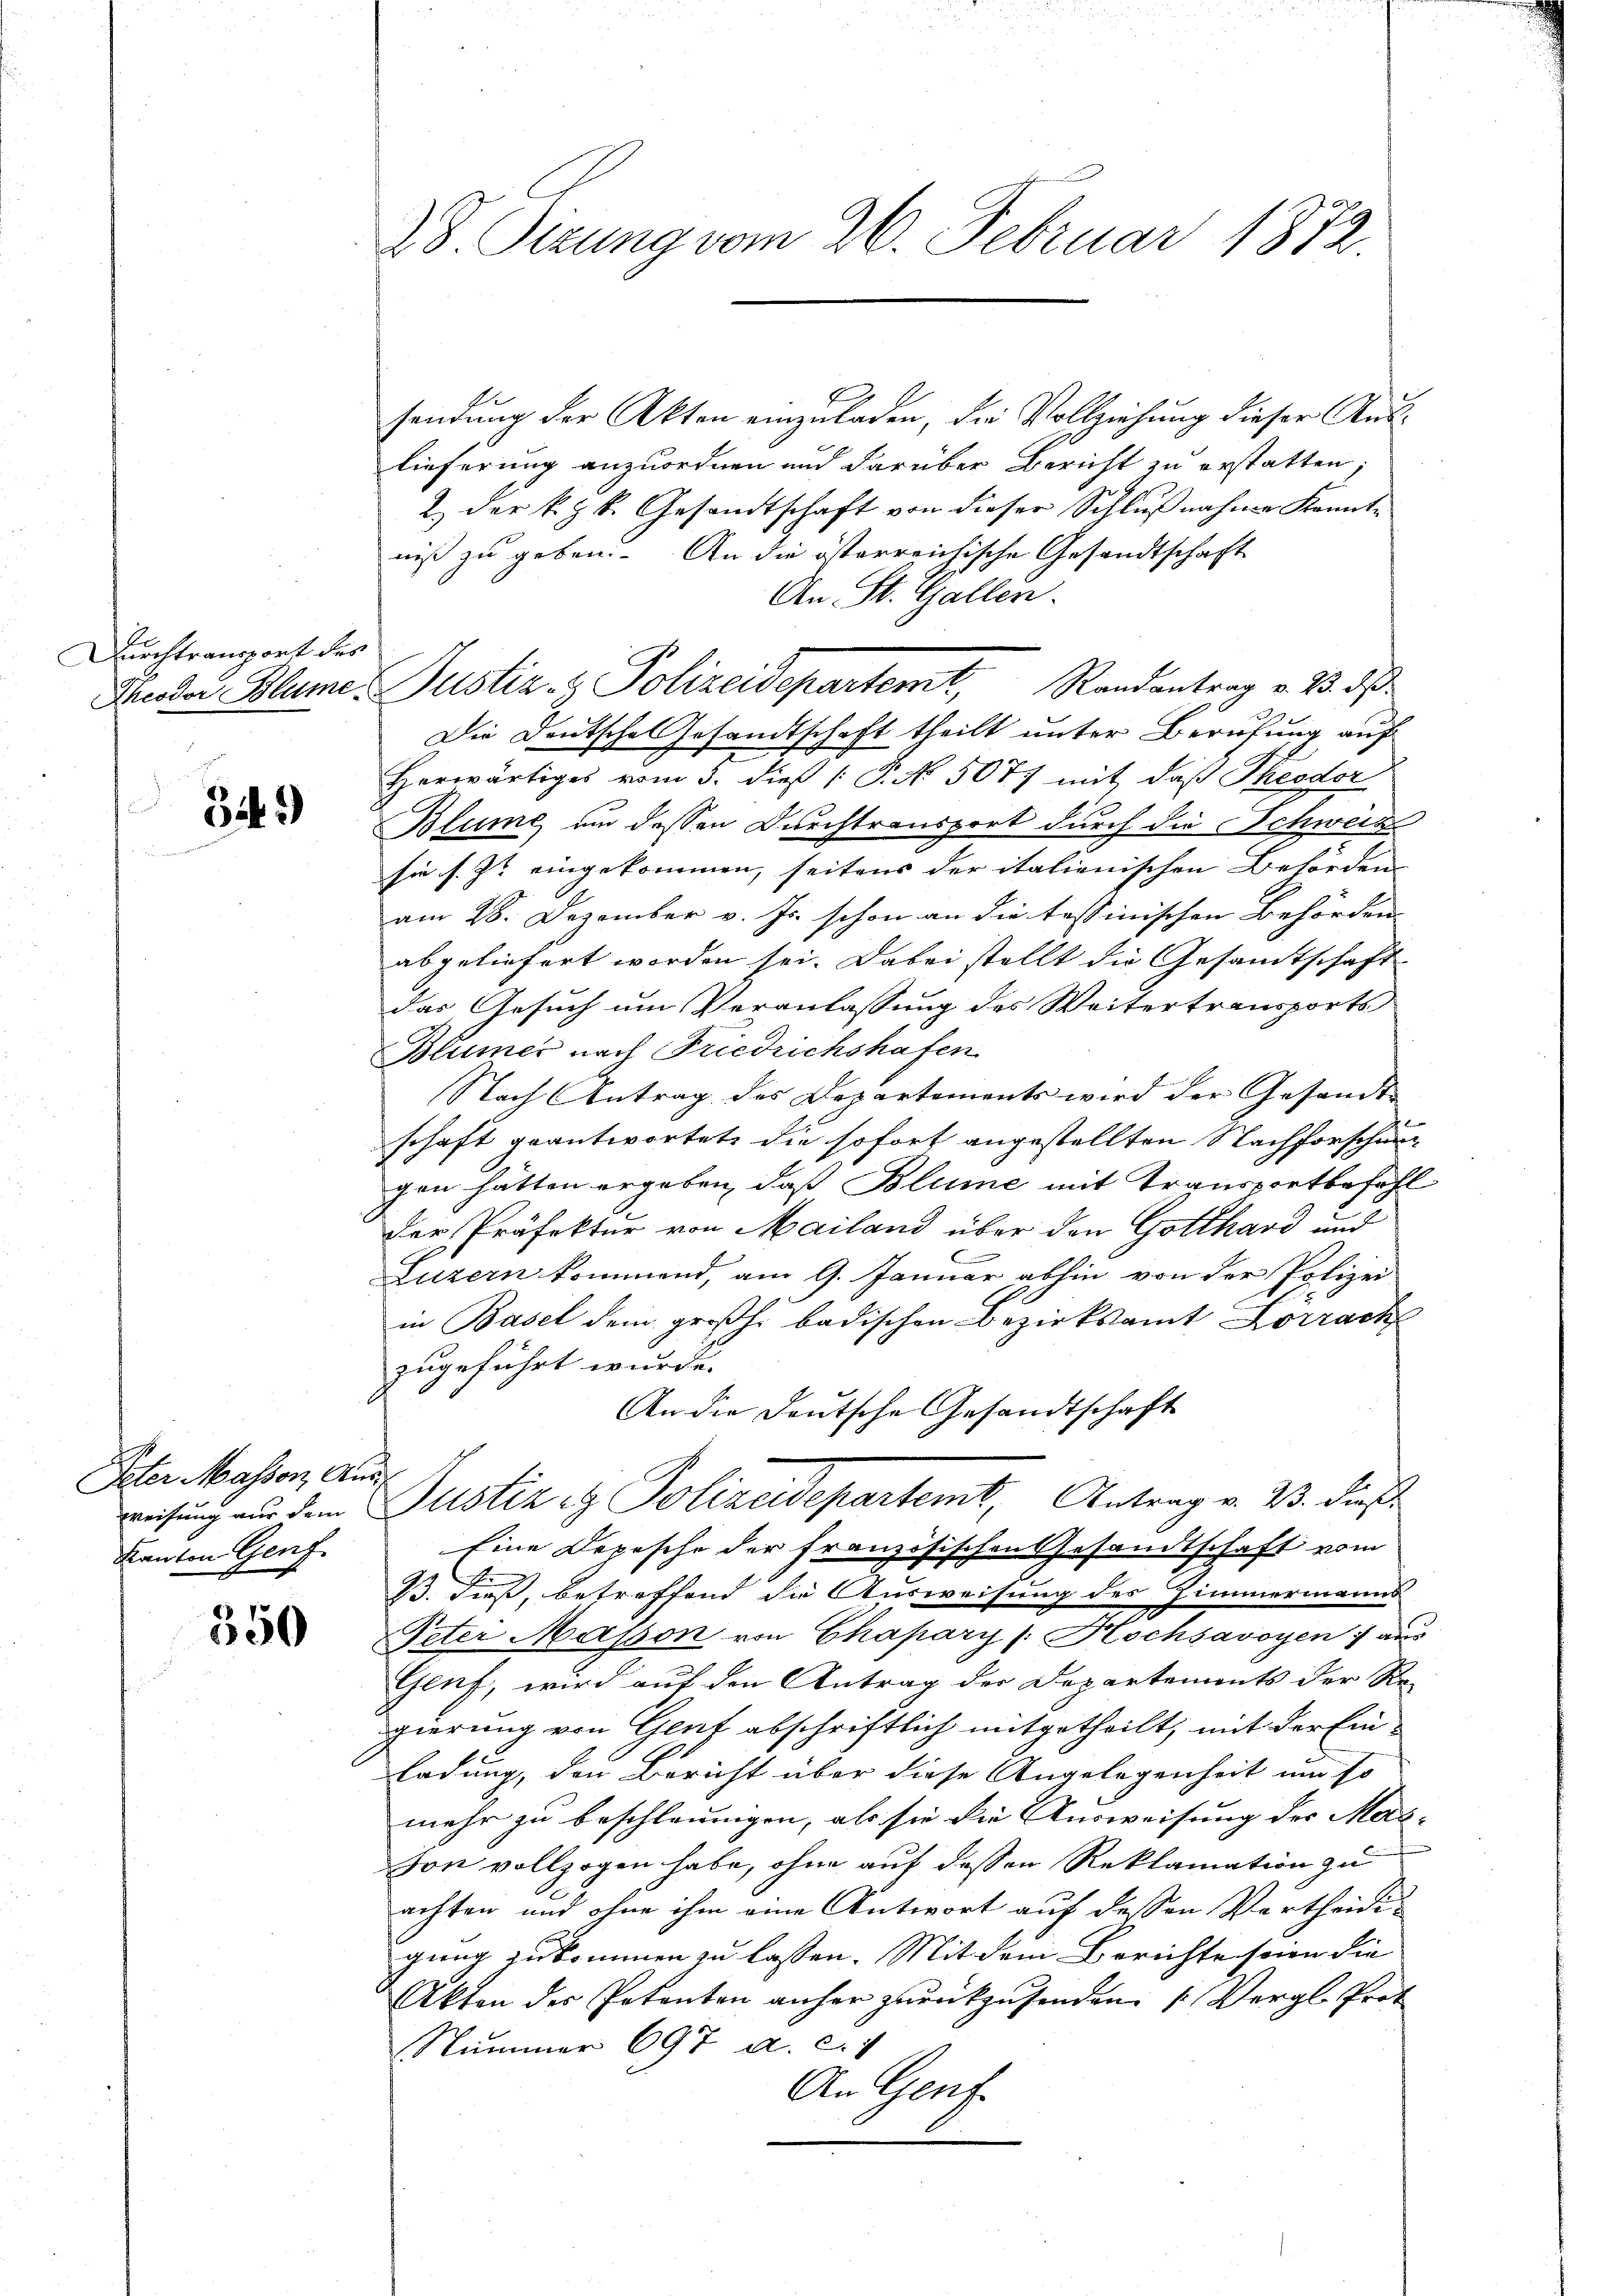
Durchtransport des

Zif. 9)

Peter Massen Auss
Kanton Genf

550

28 Sizung vom 26. Februar 1872.

sendung der Akten einzuladen, die Vollziehung dieser Auslieferung anzuordnen und darüber Bericht zu erstatten;
2. der k. k. Gesandtschaft von dieser Schlŭβnahme Kenntniß zu geben. An die österreichische Gesandtschaft
An St. Gallen.
Groder Blume. Justiz- & Polizeidepartemt, Randantrag v. 2. ds.
Die Deutsche Gesandtschaft theilt unter Berufung auf
Herwärtiges vom 3. dieß ( P. No. 5077 mit daß Theodor
Blume, um dessen Durchtransport durch die Schweiz
sie s. Zt. eingekommen, seitens der italienischen Behörden |
am 28. Dezember v. Js. schon an die tessinischen Behörden
abgeliefert worden sei. Dabei stellt die Gesamtschaft
das Gesuch um Veranlassung des Weitertransports
Blümer nach Friedrichshafen
Nach Antrag des Departements wird der Gesandt |
schaft geantwortete die sofort angestellten Nachforschung
gen hätten ergeben, daß Blume mit Transportbefehl
der Präfektur von Mailand über den Gotthard und
Luzern kommend, am 9. Januar abhin von der Polizei
3
in Basel dem großh. badischen Bezirksamt Lörrach
zugeführt wurde.
An die Deutsche Gesandtschaft
weisung nur dem Justiz & Polizeidepartemt, Antrag v. B. dieß¬
Eine Depesche der französischen Gesandtschaft vom
B. dieß, betreffend die Ausweisung des Zimmermanns-
Peter Masson von Chapary (: Hochsavoyen ) aus
Genf, wird auf den Antrag der Departements der Re-
gierung von Genf abschriftlich mitgetheilt, mit der Einladung, den Bericht über diese Angelegenheit um so
mehr zu beschlauungen, als sie die Ausweisung des Mas- |
hon vollzogen habe, ohne auf dessen Reklamation zu
achten und ohne ihm eine Antwort auf dessen Vertheidigung zukommen zu lassen. Mit dem Berichte seien die
Akten der Petenten anher zurückzusenden. (Vergl. Prot
Nummer 697 a. c. 1
An Genf.